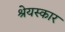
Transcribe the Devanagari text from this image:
श्रेयस्कार